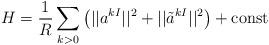
LaTeX: \begin{align*}H={1\over R} \sum_{k>0}\left(||a^{kI}||^2+||\tilde{a}^{kI}||^2\right)+\mbox{const}\end{align*}